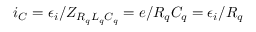
i _ { C } = \epsilon _ { i } / Z _ { R _ { q } L _ { q } C _ { q } } = e / R _ { q } C _ { q } = \epsilon _ { i } / R _ { q }